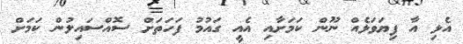
އެޅި އާ ފިޔަވަޅެއް ނޫން ކަމަށާއި އެއީ ގައުމު ފަހަތަށް ސޮއްސައިލުން ކަމަށް